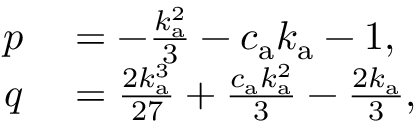
\begin{array} { r l } { p } & { { } = - \frac { k _ { \mathrm { a } } ^ { 2 } } { 3 } - c _ { \mathrm { a } } k _ { \mathrm { a } } - 1 , } \\ { q } & { { } = \frac { 2 k _ { \mathrm { a } } ^ { 3 } } { 2 7 } + \frac { c _ { \mathrm { a } } k _ { \mathrm { a } } ^ { 2 } } { 3 } - \frac { 2 k _ { \mathrm { a } } } { 3 } , } \end{array}